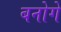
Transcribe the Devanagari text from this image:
बनोगे